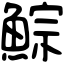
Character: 鯮